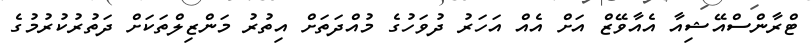
ޓްރާންސްއޭޝިއާ އެއާވޭޒް އަށް އެއް އަހަރު ދުވަހުގެ މުއްދަތަށް އިތުރު މަންޒިލްތަކަށް ދަތުރުކުރުމުގެ